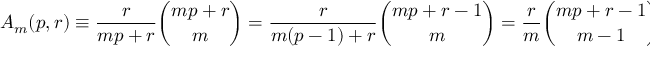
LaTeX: A _ { m } ( p , r ) \equiv { \frac { r } { m p + r } } { \binom { m p + r } { m } } = { \frac { r } { m ( p - 1 ) + r } } { \binom { m p + r - 1 } { m } } = { \frac { r } { m } } { \binom { m p + r - 1 } { m - 1 } }